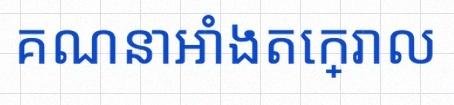
គណនាអាំងតេក្រាល